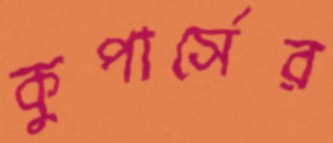
কুপার্সের